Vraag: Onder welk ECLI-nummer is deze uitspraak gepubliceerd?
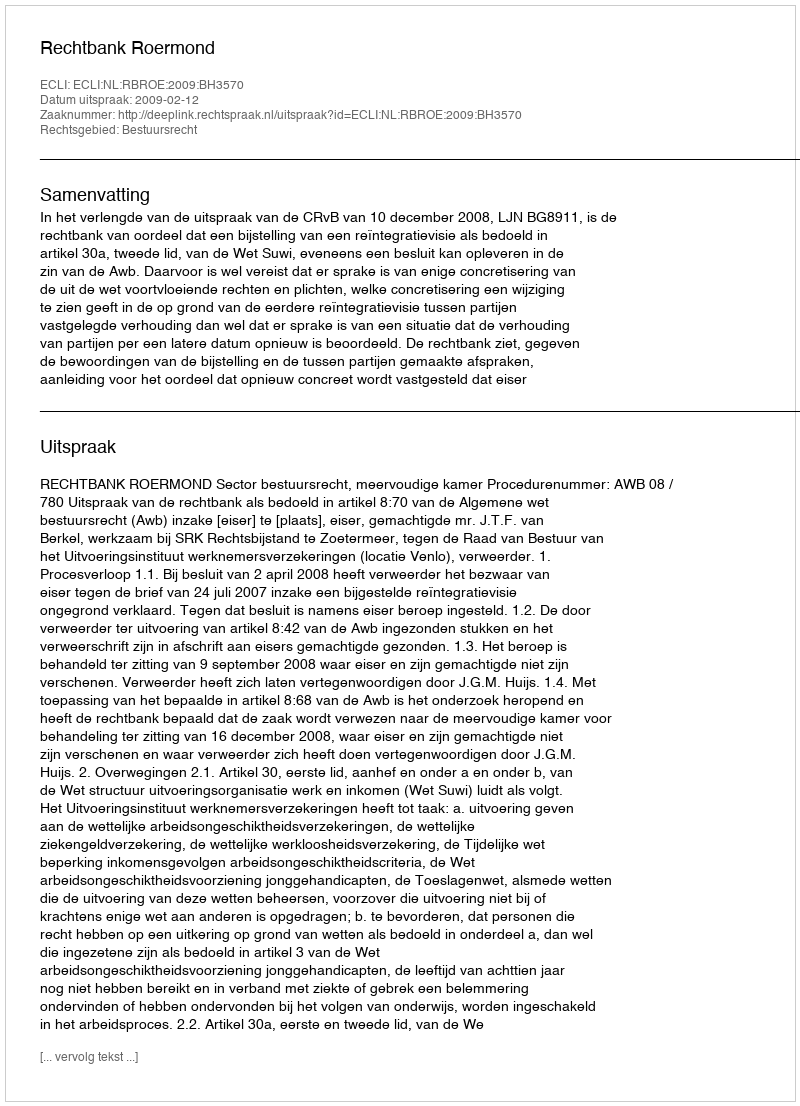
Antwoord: ECLI:NL:RBROE:2009:BH3570